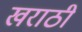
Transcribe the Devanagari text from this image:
खराठी